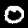
Label: 0